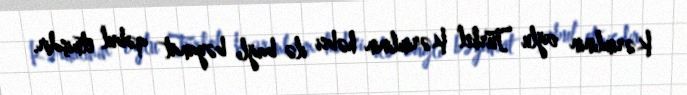
Kərimlinin oğlu Türkel Kərimlinin həbsi ilə bağlı bəyanat qəbul etmişdir.